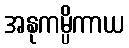
အနုကမ္ပိကာယ